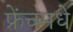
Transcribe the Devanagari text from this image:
फ्रेंचमधे